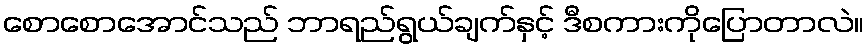
စောစောအောင်သည် ဘာရည်ရွယ်ချက်နှင့် ဒီစကားကိုပြောတာလဲ။